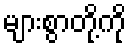
များစွာတို့ကို